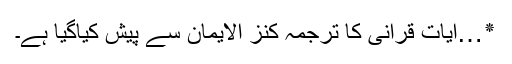
٭…آیاتِ قرانی کا ترجمہ کنز الایمان سے پیش کیاگیا ہے۔